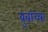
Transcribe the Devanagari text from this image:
बुबांच्या